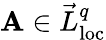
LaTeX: \mathbf{A}\in\vec{L}_{\mathrm{loc}}^{q}